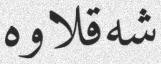
شەقلاوە